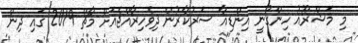
މި މަޝްރޫއު ހިންގުނީ އިންޑިއާ ސަރުކާރުން ދިވެހިރާއްޖެއަށް މާޗް 2019 ގައި ދިން